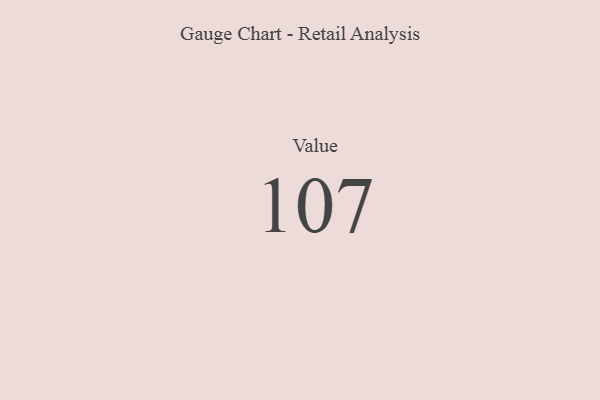
{"axis": {"x": "Metric", "y": "Value"}, "legend": [""], "data": [{"x": "Value", "y": 107, "type": ""}]}